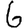
Digit: 6